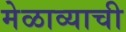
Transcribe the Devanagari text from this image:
मेळाव्याची